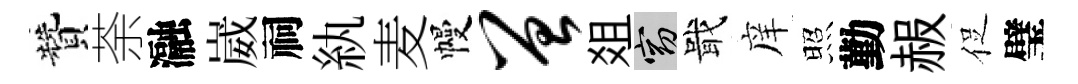
贊荼瀜崴祠紈麦幔曾爼窈戢庠照勤赧促璧